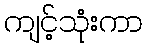
ကျင့်သုံးကာ